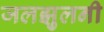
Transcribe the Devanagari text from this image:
जलझुलनी